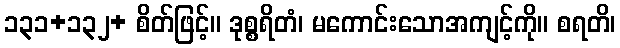
၁၃၁+၁၃၂+ စိတ်ဖြင့်။ ဒုစ္စရိတံ၊ မကောင်းသောအကျင့်ကို။ စရတိ၊